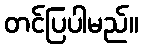
တင်ပြပါမည်။